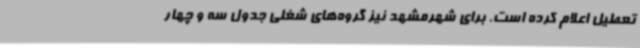
تعطیل اعلام کرده است. برای شهرمشهد نیز گروه‌های شغلی جدول سه و چهار